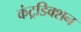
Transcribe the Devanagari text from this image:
कंट्रडिक्शन